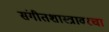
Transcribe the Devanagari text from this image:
संगीतशास्त्रावरचा